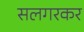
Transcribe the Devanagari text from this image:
सलगरकर